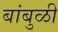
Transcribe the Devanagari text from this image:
बांबुळी